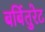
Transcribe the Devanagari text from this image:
बर्बितुरेट